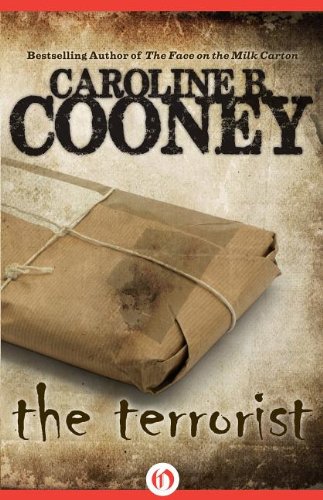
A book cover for The Terrorist; Caroline B. Cooney; Teen & Young Adult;